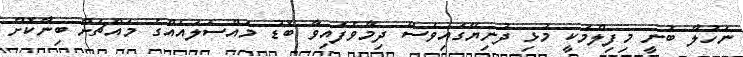
ނަހުލާ ބުނީ މިފިލްމަކީ މުޅި ދުނިޔޭގައިވެސް ދިމާވެފައިވާ ބޮޑު މައްސަލައެއްގެ މައްޗަށް ބިނާކޮށް